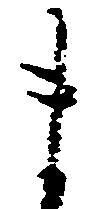
ま